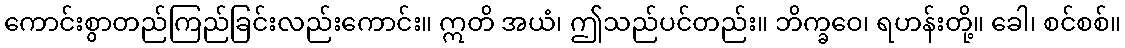
ကောင်းစွာတည်ကြည်ခြင်းလည်းကောင်း။ ဣတိ အယံ၊ ဤသည်ပင်တည်း။ ဘိက္ခဝေ၊ ရဟန်းတို့။ ခေါ၊ စင်စစ်။